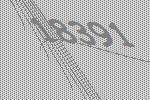
18391